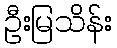
ဦးမြသိန်း